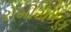
રોમીયકણ